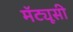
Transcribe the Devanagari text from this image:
मॅट्यूसी